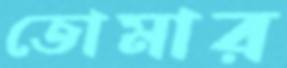
তোমার